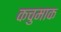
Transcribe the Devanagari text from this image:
कचुमाक